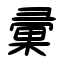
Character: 彙